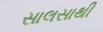
સાલસાથી